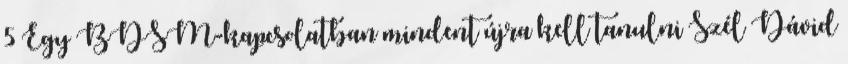
5 Egy BDSM-kapcsolatban mindent újra kell tanulni Szél Dávid